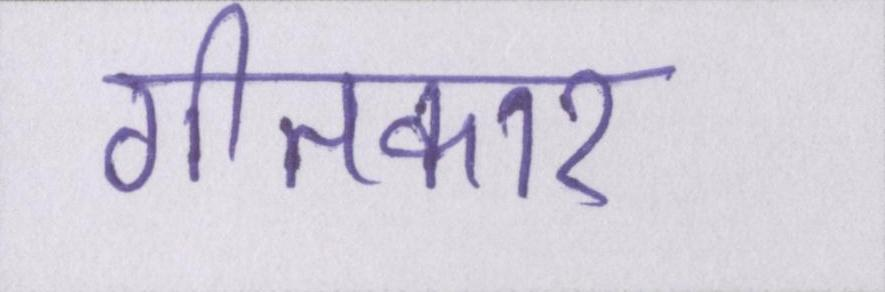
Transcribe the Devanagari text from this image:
गीतकार